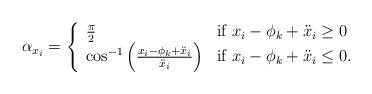
LaTeX: \begin{align*}\alpha_{x_i} = \left\{\begin{array}{ll}\frac{\pi}{2} & \mbox{if $x_i -\phi_k +\ddot{x}_i \ge 0 $} \\\cos^{-1}\left( \frac{x_i -\phi_k +\ddot{x}_i}{\ddot{x}_i} \right) & \mbox{if $x_i -\phi_k +\ddot{x}_i \le 0 $}.\end{array}\right.\end{align*}